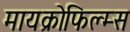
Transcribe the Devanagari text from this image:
मायक्रोफिल्म्स